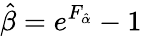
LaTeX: \hat{\beta}=e^{F_{\hat{\alpha}}}-1